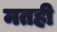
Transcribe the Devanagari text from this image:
मतही